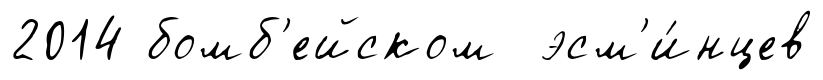
2014 бомб'ейском эсм'и́нцев